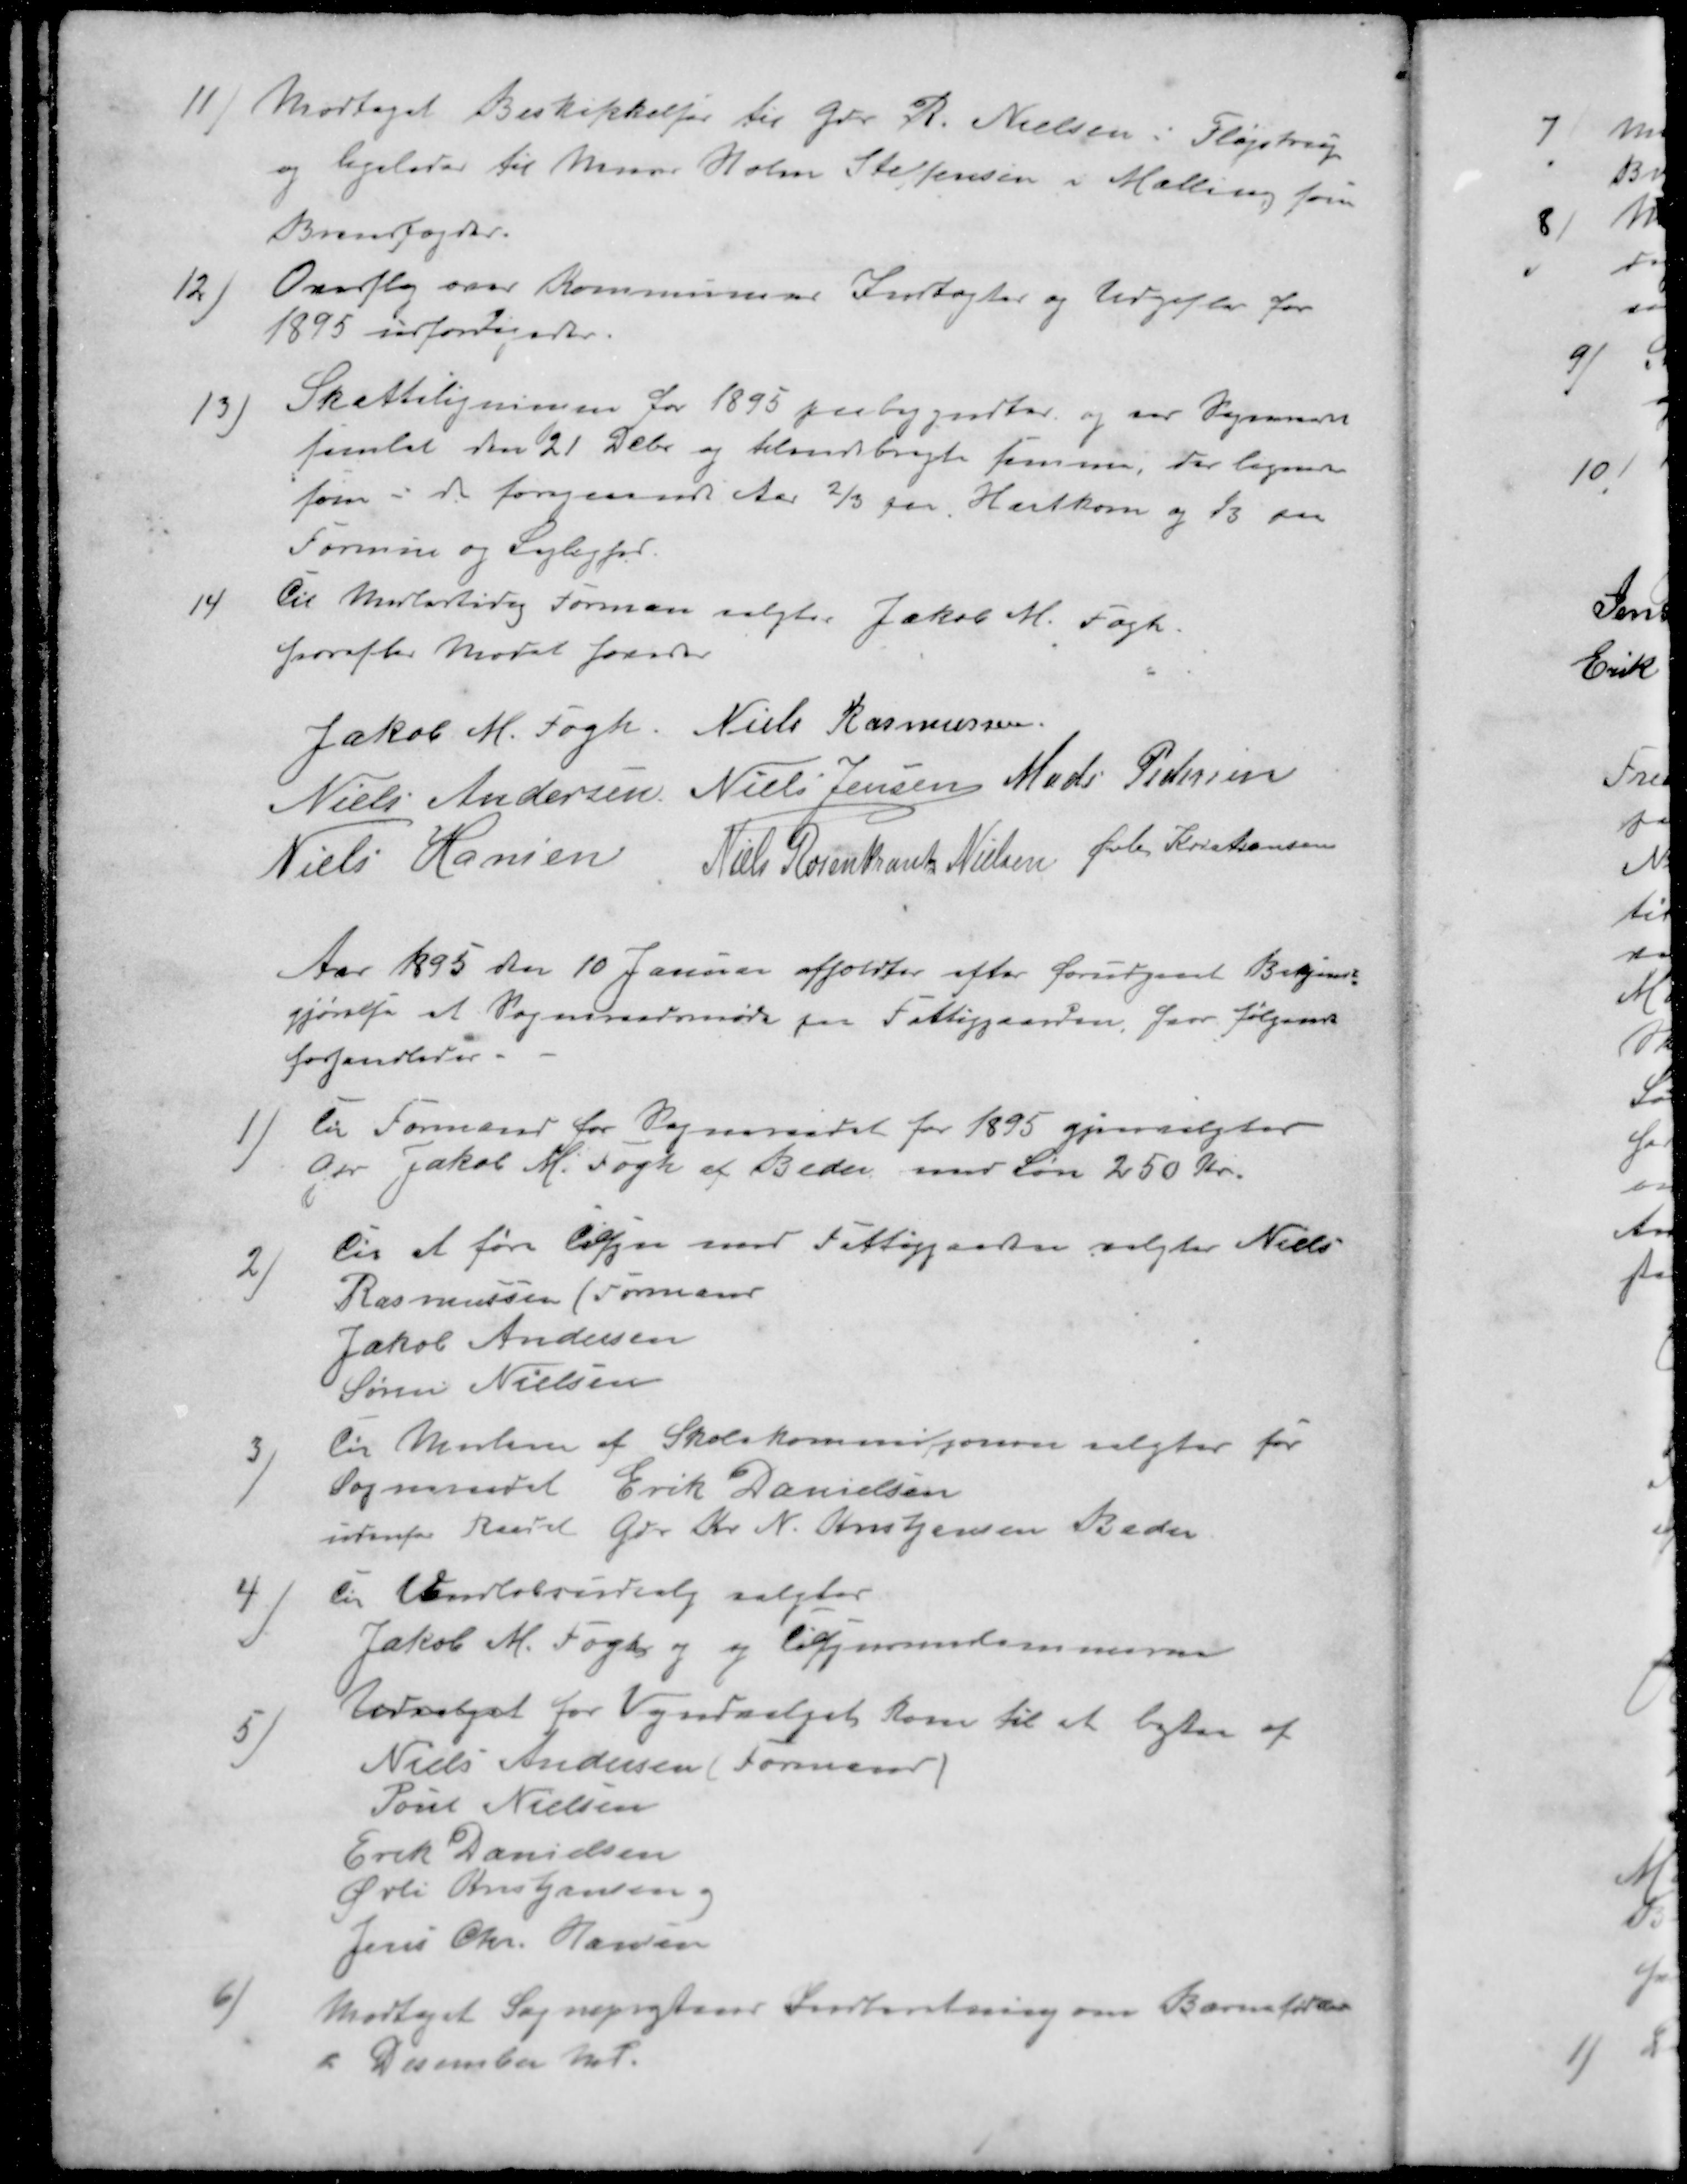
Transskription:
11 ) Modtaget Beskikkelser til Gdr. R. Nielsen i Fløjstrup
og ligeledes til Murer Holm Steffensen i Malling som
Brandfogder.
12 ) Overslag over Kommunene Indtægter og Udgifter for
1895 udfærdigedes.
13 ) Skatteligningen for 1895 paabegyndtes og var Sogneraadet
samlet den 21 Debr og tilendebragt samme, der lignes
som i de foregaaende Aar 2/3 for Hartkorn og 1/3 paa
Formue og Lejlighed
14 ) til Midlertidig Forman valgtes Jakob M. Fogh.
hvorefter Mødet hævedes
Jakob M. Fogh
Niels Rasmussen
Niels Andersen
Niels Jensen
Mads Pedersen
Niels Hansen
Niels Rosenkrants Nielsen
Øvli Kristiansen
Aar 1895 den 10 Januar afholdtes efter forudgaaet Bekjent-
gjørelse at Sogneraadsmøde paa Fattiggaarden, hvor følgende
forhandledes.
1 )Til Formand for Sogneraadet for 1895 gjenvalgtes
Gdr Jakob M. Fogh af Beder med Løn 250 Kr.
2 ) Til at føre Tilsyn med Fattiggaarden valgtes Niels
Rasmussen (Formand
Jakob Andersen
Søren Nielsen
3 ) Til Medlem af Skolekommissionen valgtes for
Sogneraadet Erik Danielsen
udenfor Raadet Gdr. Kr. N. Kristjansen Beder
4 ) Til Vandløbsudvalg valgtes
Jakob M. Fogh og og tilsynsmedlemmerne
5 ) Udvalget for Vejudvalget kom til at bestaa af 
Niels Andersen (Formand
Poul Nielsen
Erik Danielsen
Øvli Kristjansen
Jens Chr. Hansen
6 )Modtaget Sognepræstens Indberetning om Barnefødsler
 i December Md.